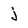
Character: j